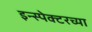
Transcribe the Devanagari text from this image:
इन्स्पेक्टरच्या